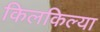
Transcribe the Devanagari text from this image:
किलकिल्या